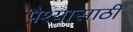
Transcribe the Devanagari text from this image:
पैश्यासाठी